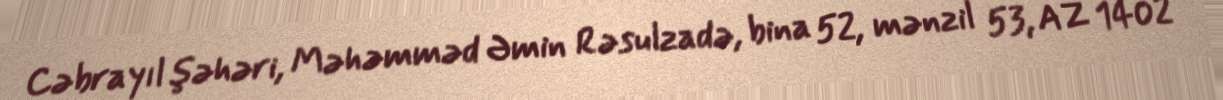
Cəbrayıl şəhəri, Məhəmməd Əmin Rəsulzadə, bina 52, mənzil 53, AZ 1402